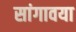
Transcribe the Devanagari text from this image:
सांगावया